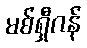
မစ်ရှီဂန်